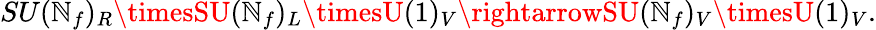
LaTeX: SU(\mathbb{N}_{f})_{R}\timesSU(\mathbb{N}_{f})_{L}\timesU(1)_{V}\rightarrowSU(\mathbb{N}_{f})_{V}\timesU(1)_{V}.